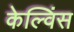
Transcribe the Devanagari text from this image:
केल्विंस